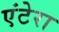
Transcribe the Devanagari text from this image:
एंटेरा